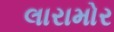
લારામોર